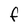
Character: f